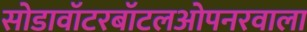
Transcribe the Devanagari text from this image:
सोडावॉटरबॉटलओपनरवाला